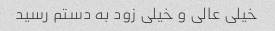
خیلی عالی و خیلی زود به دستم رسید